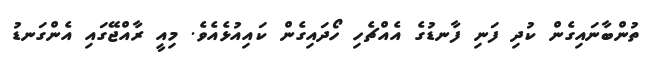
ތުންބާނައިގެން ކުދި ފަނި ފާނޑުގެ އެއްޗެހި ހޯދައިގެން ކައިއުޅެއެވެ. މިއީ ރާއްޖޭގައި އެންގަނޑު